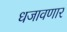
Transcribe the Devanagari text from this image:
धजावणार